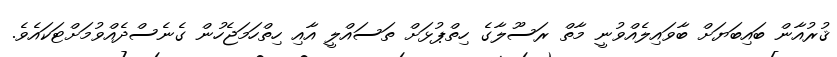
ޤުރުއާން ބައިބަޔަށް ބާވައިލެއްވުނީ މާތް ރަސޫލާގެ ހިތްޕުޅަށް ތަސައްލީ އާއި ހިތްހަމަޖެހުން ގެނެސްދެއްވުމަށްޓަކައެވެ.